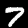
Digit: 7